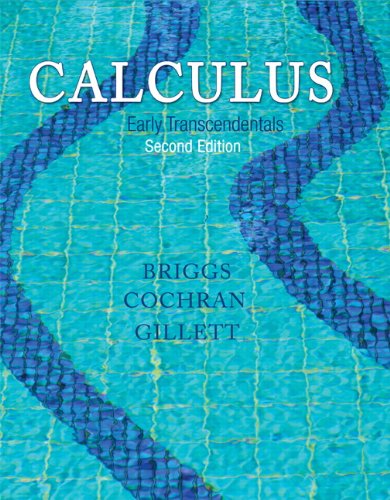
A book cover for Calculus: Early Transcendentals (2nd Edition); Bill Briggs; Science & Math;